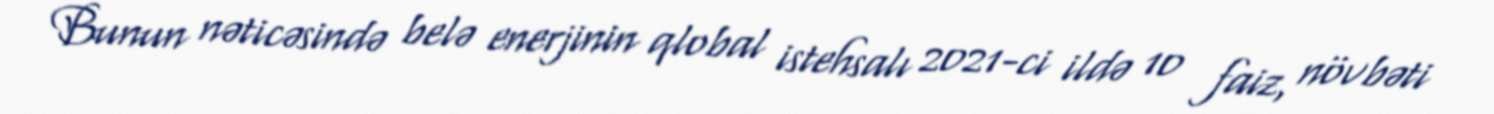
Bunun nəticəsində belə enerjinin qlobal istehsalı 2021-ci ildə 10 faiz, növbəti